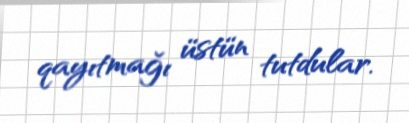
qayıtmağı üstün tutdular.